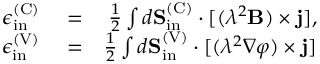
\begin{array} { r l r } { \epsilon _ { \mathrm { i n } } ^ { \mathrm { ( C ) } } } & { { } = } & { \frac { 1 } { 2 } \int d { \bf S } _ { \mathrm { i n } } ^ { \mathrm { ( C ) } } \cdot [ ( \lambda ^ { 2 } { \bf B } ) \times { \bf j } ] , } \\ { \epsilon _ { \mathrm { i n } } ^ { \mathrm { ( V ) } } } & { { } = } & { \frac { 1 } { 2 } \int d { \bf S } _ { \mathrm { i n } } ^ { \mathrm { ( V ) } } \cdot [ ( \lambda ^ { 2 } \nabla \varphi ) \times { \bf j } ] } \end{array}